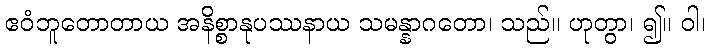
ဧဝံဘူတောတာယ အနိစ္စာနုပဿနာယ သမန္နာဂတော၊ သည်။ ဟုတွာ၊ ၍။ ဝါ၊